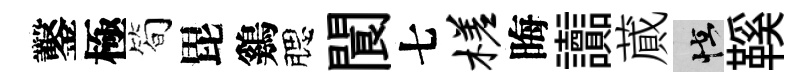
鑿極简毘鷄腮閬七槎晦讟蕆怪鞵